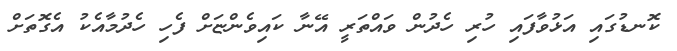
ކޮނޑުގައި އަޅުވާފައި ހުރި ހެދުން ވައްތަރީ އޭނާ ކައިވެންޏަށް ފެހި ހެދުމާއެކު އެގޮތަށް